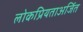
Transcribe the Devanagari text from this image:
लोकप्रियताअर्जित